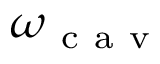
\omega _ { \mathrm { ~ c ~ a ~ v ~ } }